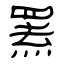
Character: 罴